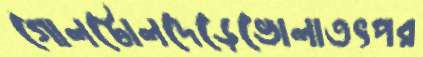
গোলটোলদেড়েভোলাতৎপর